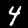
Digit: 4